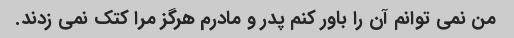
من نمی توانم آن را باور کنم پدر و مادرم هرگز مرا کتک نمی زدند.